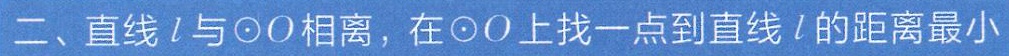
二、直线\(l\)与\(\odot O\)相离，在\(\odot O\)上找一点到直线\(l\)的距离最小